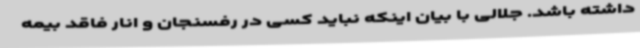
داشته باشد. جلالی با بیان اینکه نباید کسی در رفسنجان و انار فاقد بیمه